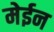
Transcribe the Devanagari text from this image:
मेईन